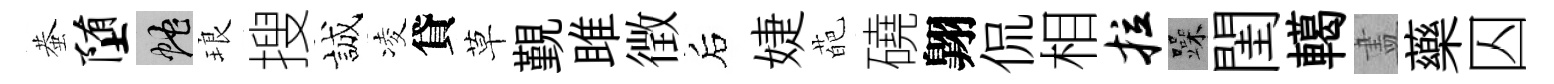
蛬堕蛇琅搜誠凌貸草覲雎徴后婕葩磽翺侃相拉躁閨轕𥁞藥囚